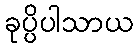
ခုပ္ပိပါသာယ